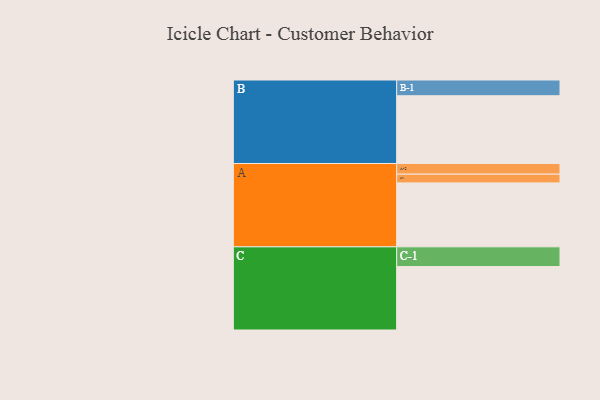
{"axis": {"x": "Segment", "y": "Value"}, "legend": ["", "A", "B", "C"], "data": [{"x": "A", "y": 402, "type": ""}, {"x": "B", "y": 426, "type": ""}, {"x": "C", "y": 399, "type": ""}, {"x": "A-1", "y": 55, "type": "A"}, {"x": "A-2", "y": 67, "type": "A"}, {"x": "B-1", "y": 99, "type": "B"}, {"x": "C-1", "y": 124, "type": "C"}]}